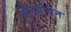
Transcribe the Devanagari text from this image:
बीटथोवेन